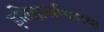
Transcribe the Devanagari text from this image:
इतिहासविषक